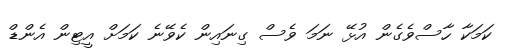
ކަމަކާ ހާސްވެގެން އުޅޭ ނަމަ ވެސް ގިނައިން ކެވޭނެ ކަމަށް އީޓިން އެންޑް